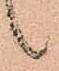
候